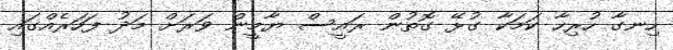
ހިނގާ ހުރިހާ ކަމަކާ ގުޅޭ ގޮތުން ރައީސް ޔާމީން ވަރަށް މަދު ފަހަރެއްގައި